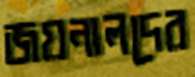
জয়নালদের